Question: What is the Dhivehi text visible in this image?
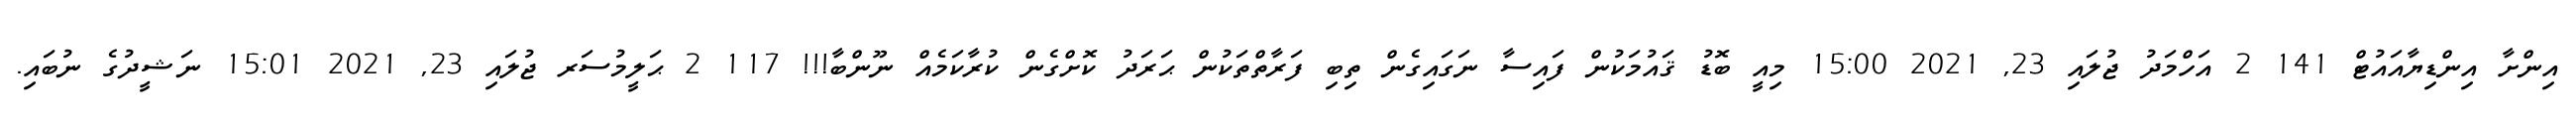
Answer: އިންށާ އިންޑިޔާއައުޓް 141 2 އަހްމަދު ޖުލައި 23, 2021 15:00 މިއީ ބޮޑު ޤައުމަކުން ފައިސާ ނަގައިގެން ތިބި ފަރާތްތަކުން ޙަރަދު ކޮށްގެން ކުރާކަމެއް ނޫންބާ!!! 117 2 ޙަލީމުސަރ ޖުލައި 23, 2021 15:01 ނަޝީދުގެ ނުބައި.